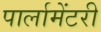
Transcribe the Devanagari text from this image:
पार्लामेंटरी